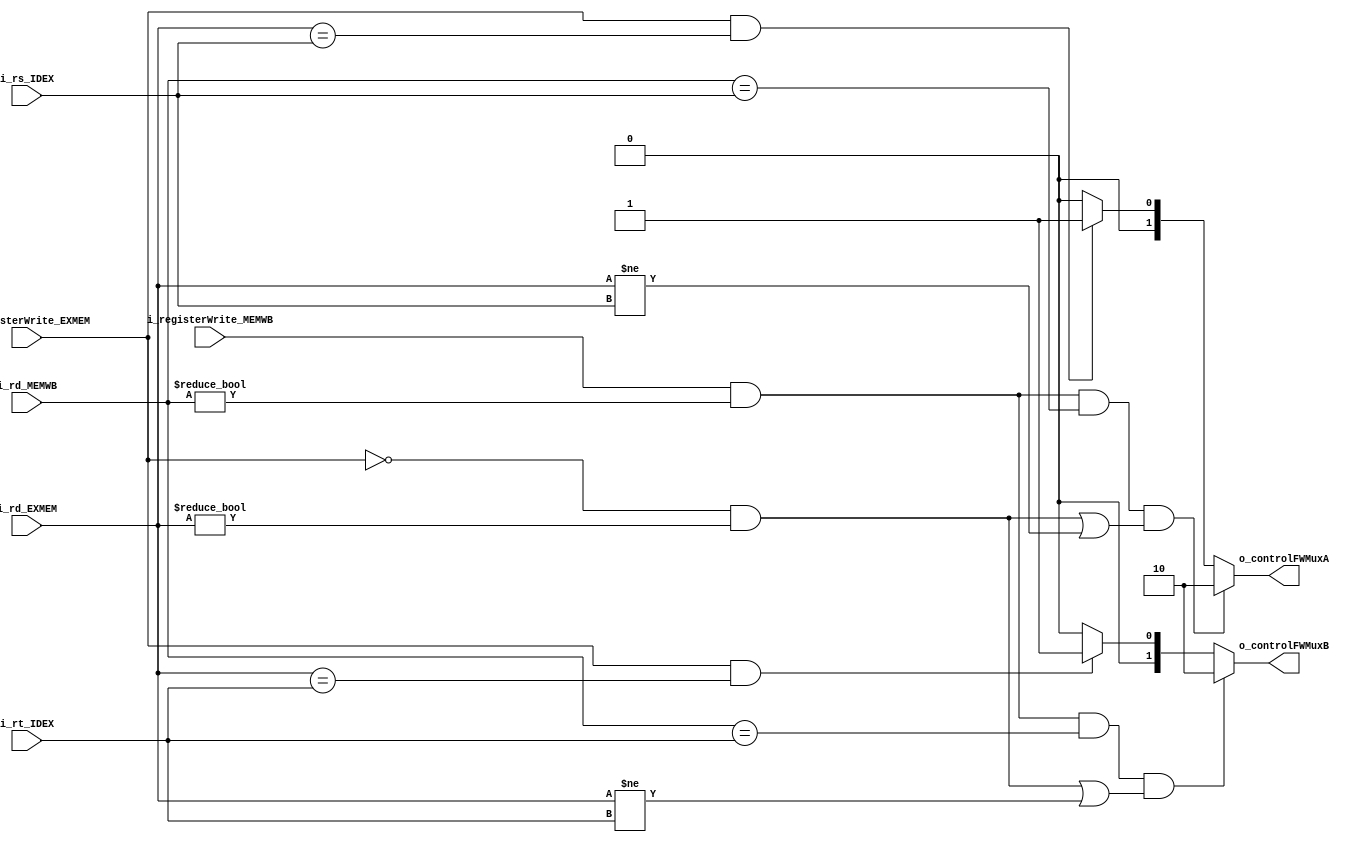
`timescale 1ns / 1ps
//////////////////////////////////////////////////////////////////////////////////
// Company: 
// Engineer: 
// 
// Design Name: 
// Module Name: FORWARDING_UNIT
// Project Name: 
// Target Devices: 
// Tool Versions: 
// Description: 
// 
// Dependencies: 
// 
// Revision:
// Revision 0.01 - File Created
// Additional Comments:
// 
//////////////////////////////////////////////////////////////////////////////////



module FORWARDING_UNIT #(
	parameter len = 32,
	parameter NB = $clog2(len)
	)(
	input i_registerWrite_EXMEM,	// flag
	input i_registerWrite_MEMWB,	// flag
	input [NB-1:0] i_rd_EXMEM,		// registro ya calculado, a forwardear
	input [NB-1:0] i_rd_MEMWB,		// registro ya calculado, a forwardear
	input [NB-1:0] i_rs_IDEX,		// registro de instr siguiente que puede necesitar forwarding
	input [NB-1:0] i_rt_IDEX,		// registro de instr siguiente que puede necesitar forwarding
    
	output reg [1:0] o_controlFWMuxA,	// control mux entrada A de la ALU 
	output reg [1:0] o_controlFWMuxB 	// control mux entrada B de la ALU
    );

	always @(*) begin
	   //para registro rs, mux A
        //si inst i-2 escribe en registro y rd de inst i-2 = rs de inst i y (inst i-1 NO escribe en registro o rd de inst i-1
        // sea distinto del rs de isnt i)  
		if((i_registerWrite_MEMWB == 1 & i_rd_MEMWB != 0) & i_rd_MEMWB == i_rs_IDEX & ((i_registerWrite_EXMEM == 0 & i_rd_EXMEM != 0) | i_rd_EXMEM != i_rs_IDEX))
			o_controlFWMuxA <= 2'b10;
		//si inst i-1 escribe en registro y rd de inst i-1 = rs de inst i	
		else if (i_registerWrite_EXMEM == 1 & i_rd_EXMEM == i_rs_IDEX)
			o_controlFWMuxA <= 2'b01;
		else
			o_controlFWMuxA <= 2'b00;

        //idem para registro rt, mux B
		if((i_registerWrite_MEMWB == 1 & i_rd_MEMWB != 0) & i_rd_MEMWB == i_rt_IDEX & ((i_registerWrite_EXMEM == 0 & i_rd_EXMEM != 0) | i_rd_EXMEM != i_rt_IDEX))
			o_controlFWMuxB <= 2'b10;
		else if (i_registerWrite_EXMEM == 1 & i_rd_EXMEM == i_rt_IDEX)
			o_controlFWMuxB <= 2'b01;
		else
			o_controlFWMuxB <= 2'b00;
	end

endmodule